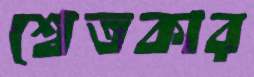
শ্বেতকার